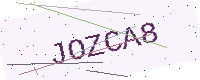
Text: JOZCA8